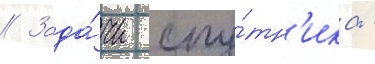
// Зада́чи спу́тн'ика -